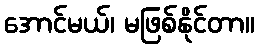
အောင်မယ်၊ မဖြစ်နိုင်တာ။